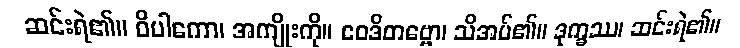
ဆင်းရဲ၏။ ဝိပါကော၊ အကျိုးကို။ ဝေဒိတဗ္ဗော၊ သိအပ်၏။ ဒုက္ခဿ၊ ဆင်းရဲ၏။